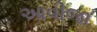
આવીજા